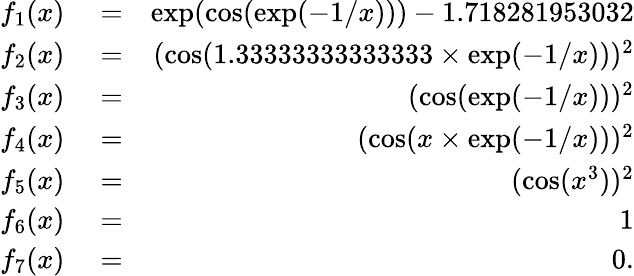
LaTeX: \begin{array}{rlr}{f_{1}(x)}&{{}=}&{\exp(\cos(\exp(-1/x)))-1.718281953032}\\ {f_{2}(x)}&{{}=}&{(\cos(1.33333333333333\times\exp(-1/x)))^{2}}\\ {f_{3}(x)}&{{}=}&{(\cos(\exp(-1/x)))^{2}}\\ {f_{4}(x)}&{{}=}&{(\cos(x\times\exp(-1/x)))^{2}}\\ {f_{5}(x)}&{{}=}&{(\cos(x^{3}))^{2}}\\ {f_{6}(x)}&{{}=}&{1}\\ {f_{7}(x)}&{{}=}&{0.}\end{array}